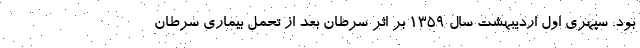
بود. سپهری اول اردیبهشت سال 1359 بر اثر سرطان بعد از تحمل بیماری سرطان